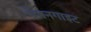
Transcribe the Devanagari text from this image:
पेननगाइट